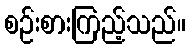
စဉ်းစားကြည့်သည်။